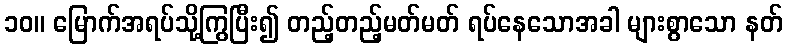
၁၀။ မြောက်အရပ်သို့ကြွပြီး၍ တည့်တည့်မတ်မတ် ရပ်နေသောအခါ များစွာသော နတ်